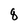
Character: q